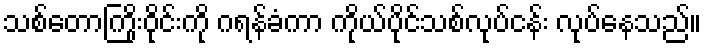
သစ်တောကြိုးဝိုင်းကို ဂရန်ခံကာ ကိုယ်ပိုင်သစ်လုပ်ငန်း လုပ်နေသည်။